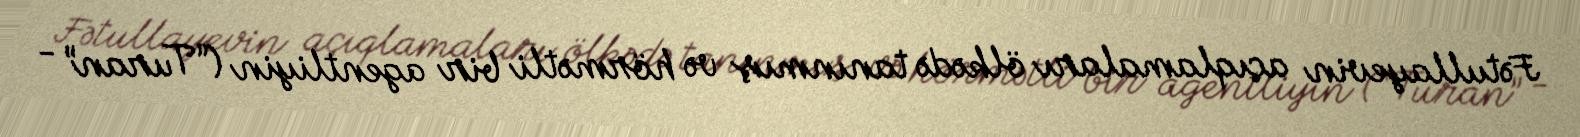
Fətullayevin açıqlamaları ölkədə tanınmış və hörmətli bir agentliyin (“Turan” -